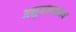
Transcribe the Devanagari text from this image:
अनुमानवाक्य